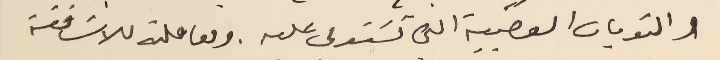
والنوبات العصَببية التى تسَتولى عليه. ومعاملته للاسَاقفة